Scottish Leaving Certificate Examination, 1951
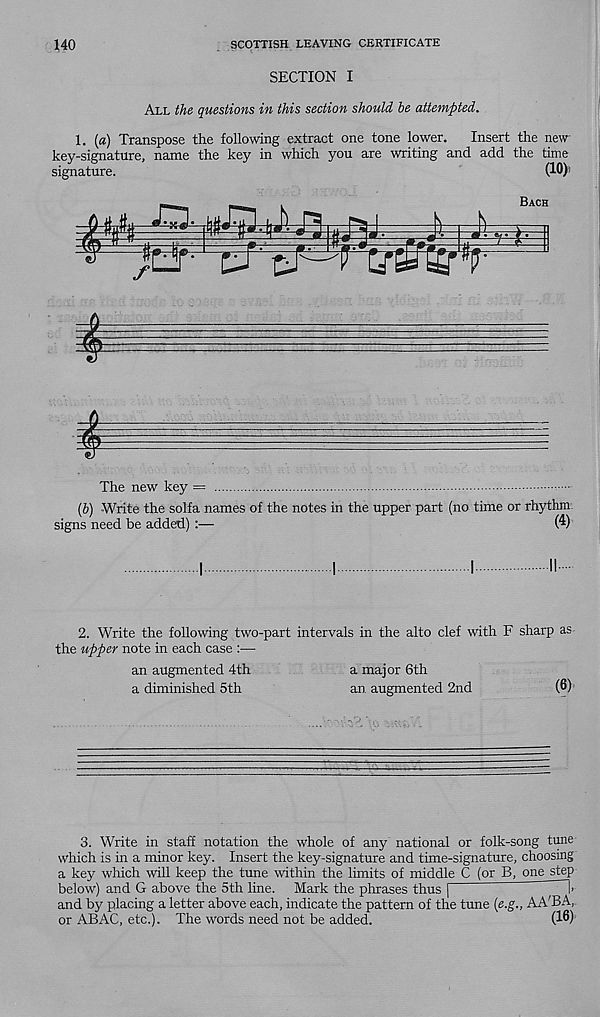
140
SCOTTISH LEAVING CERTIFICATE
SECTION I
All the questions in this section should be attempted.
1. (a) Transpose the following extract one tone lower.
Insert the new-
key-signature, name the key in which you are writing and add the time
signature.
(10)i
m
f
Bach
The new key =
(b) -Write the solfa names of the notes in the upper part (no time or rhythm,
signs need be added) :—
(4)
2. Write the following two-part intervals in the alto clef with F sharp as
the upper note in each case :—
an augmented 4th
a major 6th
a diminished 5th
an augmented 2nd
(6)
3. Write in staff notation the whole of any national or folk-song tune
which is in a minor key. Insert the key-signature and time-signature, choosing
a key which will keep the tune within the limits of middle C (or B, one step
below) and G above the 5th line. Mark the phrases thus |
”
]•
and by placing a letter above each, indicate the pattern of the tune (e.g., AA'BA,
or ABAC, etc.). The words need not be added.
(16)